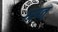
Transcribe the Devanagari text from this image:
१सत्